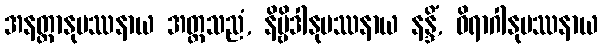
အနတ္တာနုပဿနာယ အတ္တသညံ, နိဗ္ဗိဒါနုပဿနာယ နန္ဒိံ, ဝိရာဂါနုပဿနာယ